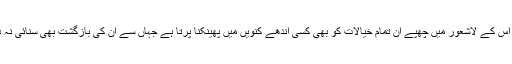
عورت کو اس کے لاشعور میں چھپے ان تمام خیالات کو بھی کسی اندھے کنویں میں پھینکنا پرتا ہے جہاں سے ان کی بازگشت بھی سنائی نہ دے سکے۔